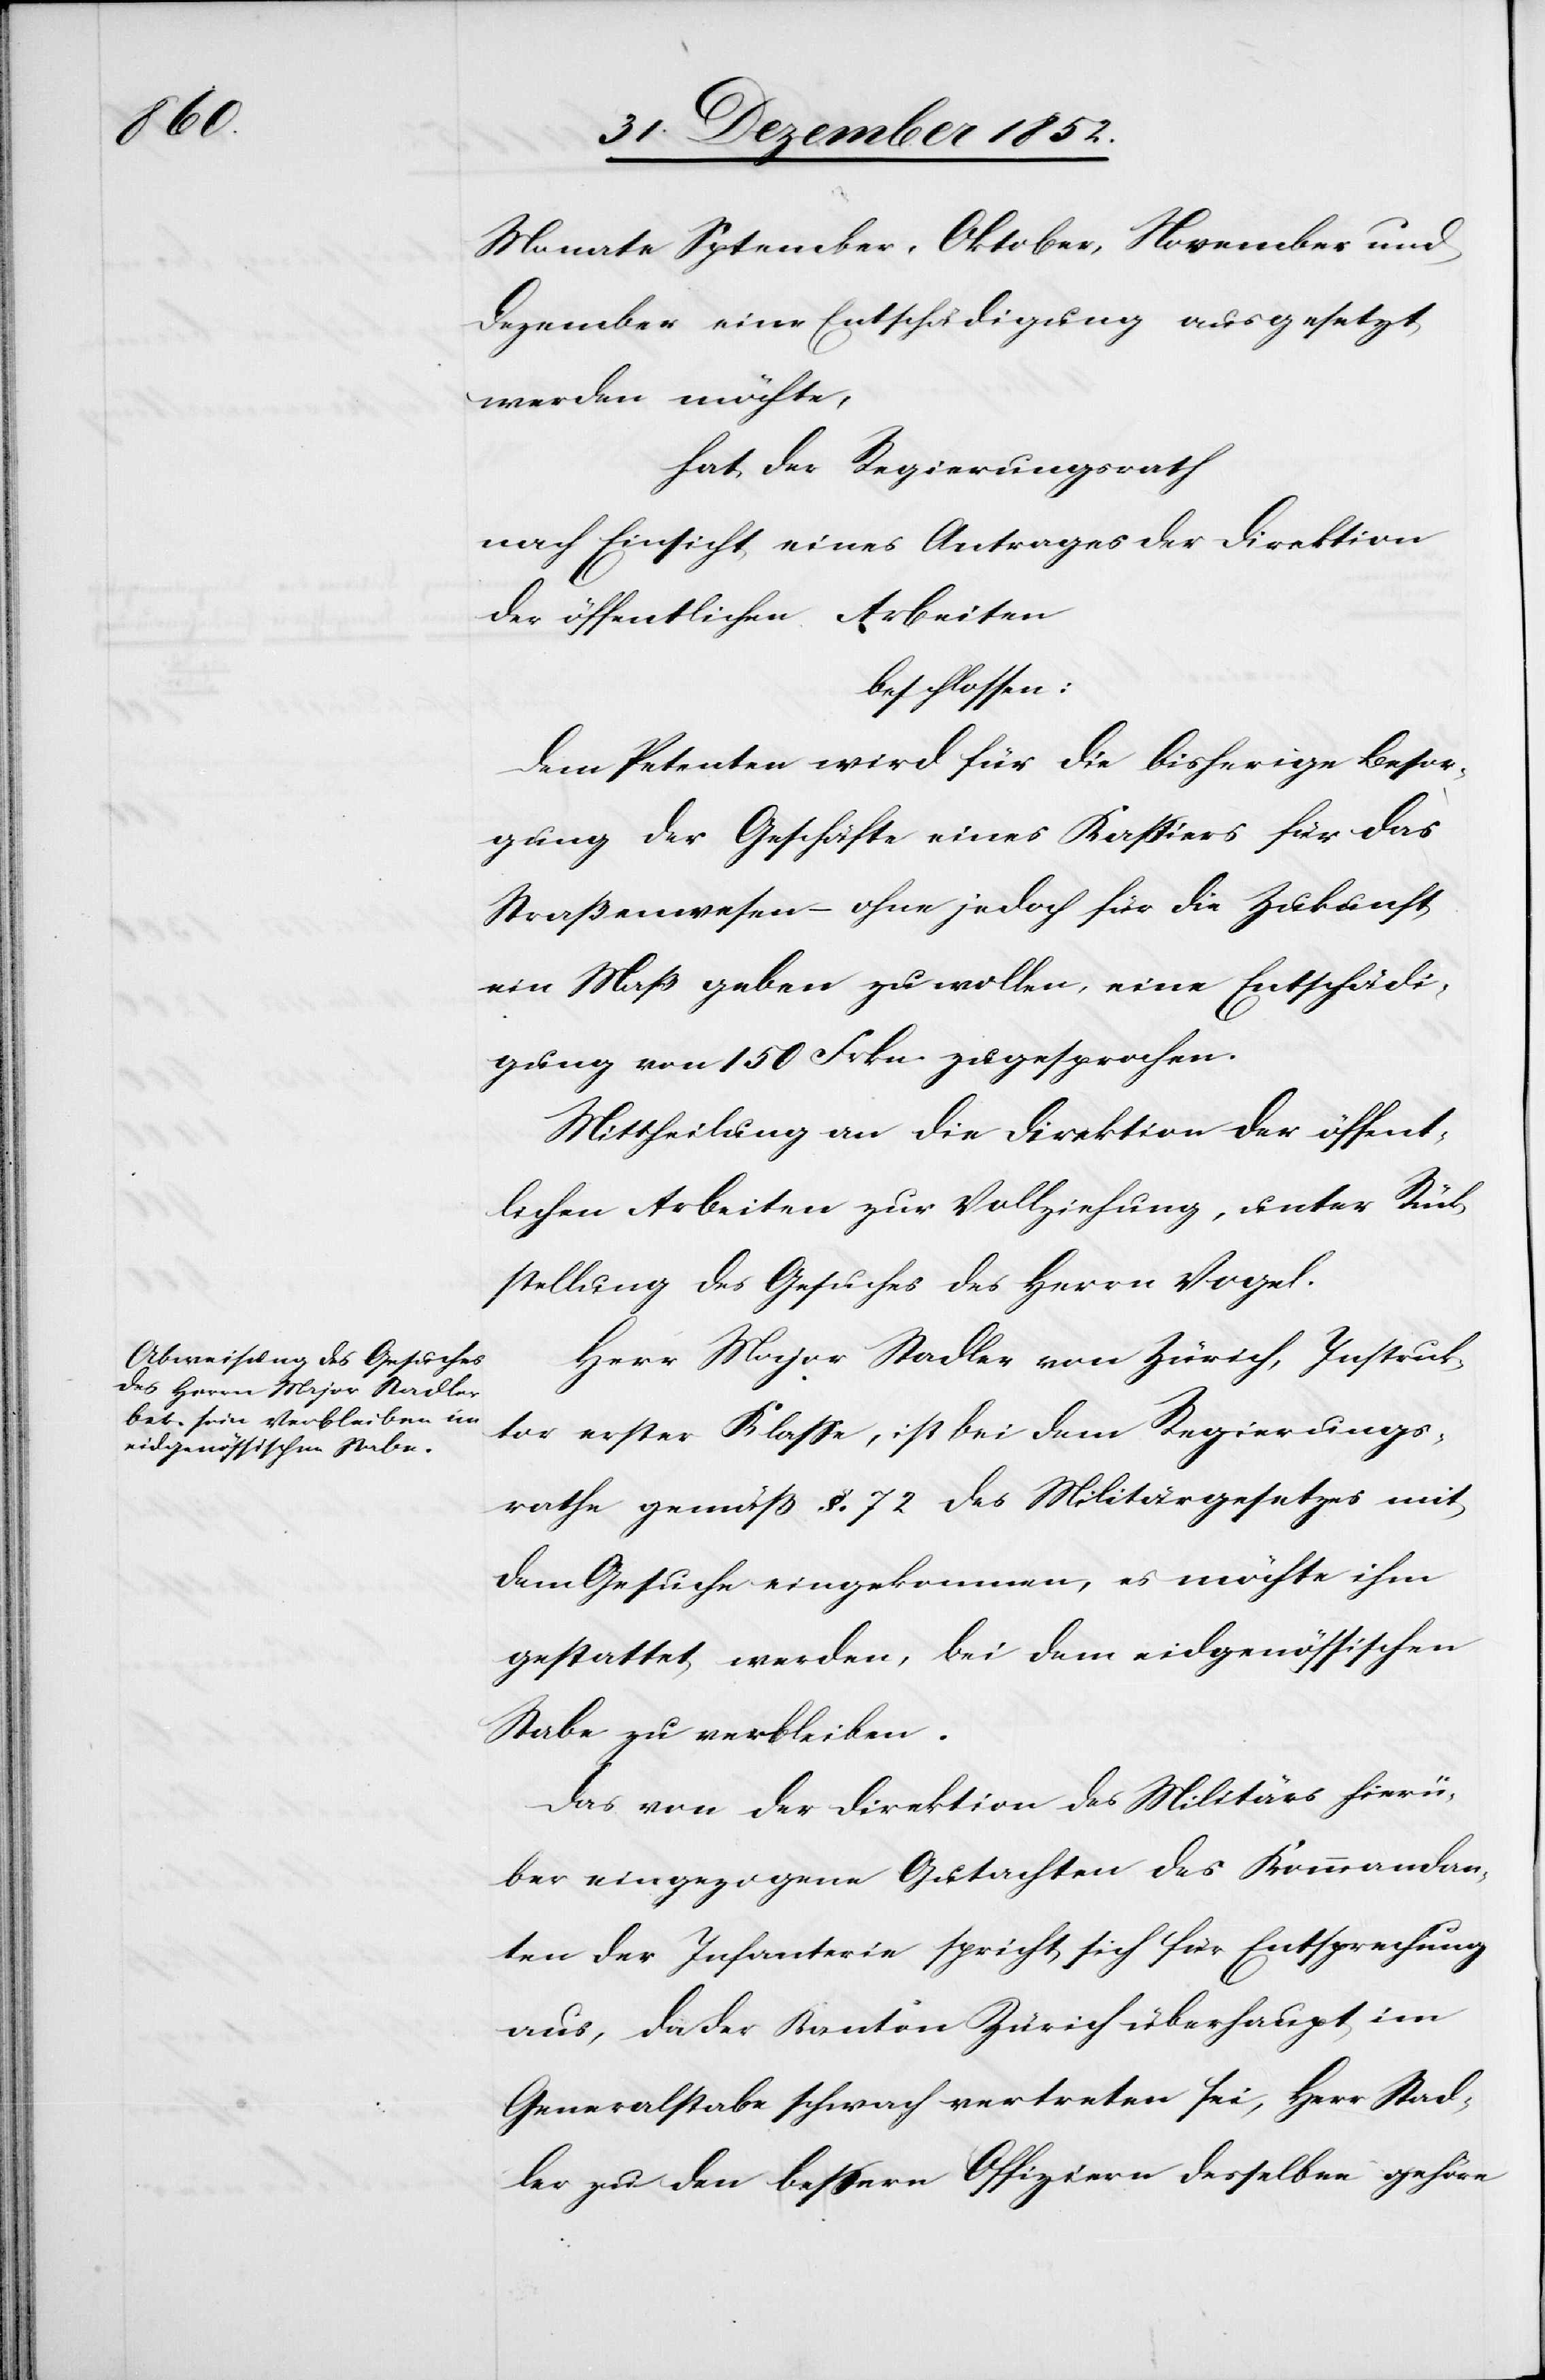
Monate S[e]ptember, Oktober, November und
Dezember eine Entschädigung ausgesetzt
werden möchte,
hat der Regierungsrath
nach Einsicht eines Antrages der Direktion
der öffentlichen Arbeiten
beschlossen:
Dem Petenten wird für die bisherige Besor¬
gung der Geschäfte eines Kassiers für das
Straßenwesen – ohne jedoch für die Zukunft
ein Maß geben zu wollen, eine Entschädi¬
gung von 150 Frkn. zugesprochen.
Mittheilung an die Direktion der öffent¬
lichen Arbeiten zur Vollziehung, unter Rück¬
stellung des Gesuches des Herrn Vogel.
Herr Major Stadler von Zürich, Instruk¬
tor erster Klasse, ist bei dem Regierungs¬
rathe gemäß §. 72 des Militärgesetzes mit
dem Gesuche eingekommen, es möchte ihm
gestattet werden, bei dem eidgenössischen
Stabe zu verbleiben.
Das von der Direktion des Militärs hierü¬
ber eingezogene Gutachten des Kommandan¬
ten der Infanterie spricht sich für Entsprechung
aus, da der Kanton Zürich überhaupt im
Generalstabe schwach vertreten sei, Herr Stad¬
ler zu den bessern Offiziern desselben gehöre